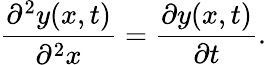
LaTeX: {\frac{\partial^{2}y(x,t)}{\partial^{2}x}}={\frac{\partial y(x,t)}{\partial t}}.